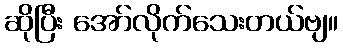
ဆိုပြီး အော်လိုက်သေးတယ်ဗျ။